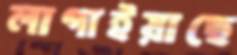
লাগাইয়াছে